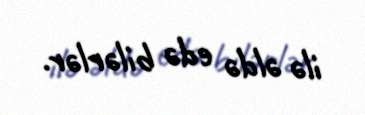
ilə əldə edə bilərlər.